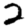
Digit: 2